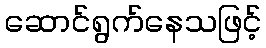
ဆောင်ရွက်နေသဖြင့်